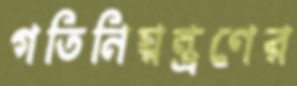
গতিনিয়ন্ত্রণের